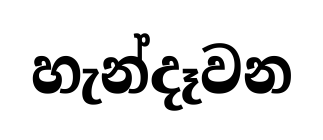
හැන්දෑවන